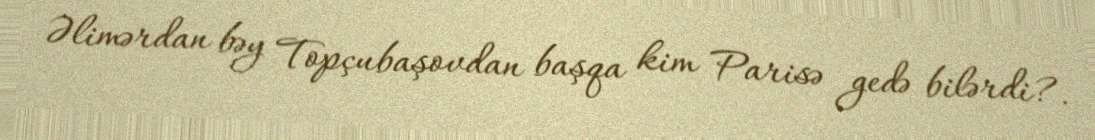
Əlimərdan bəy Topçubaşovdan başqa kim Parisə gedə bilərdi?.